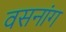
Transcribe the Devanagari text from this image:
वसनांग